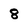
Character: 8